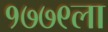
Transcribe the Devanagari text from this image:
१७७९ला